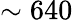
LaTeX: \sim 640